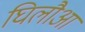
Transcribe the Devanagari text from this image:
घिलौआ